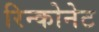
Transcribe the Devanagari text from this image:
रिन्कोनेट